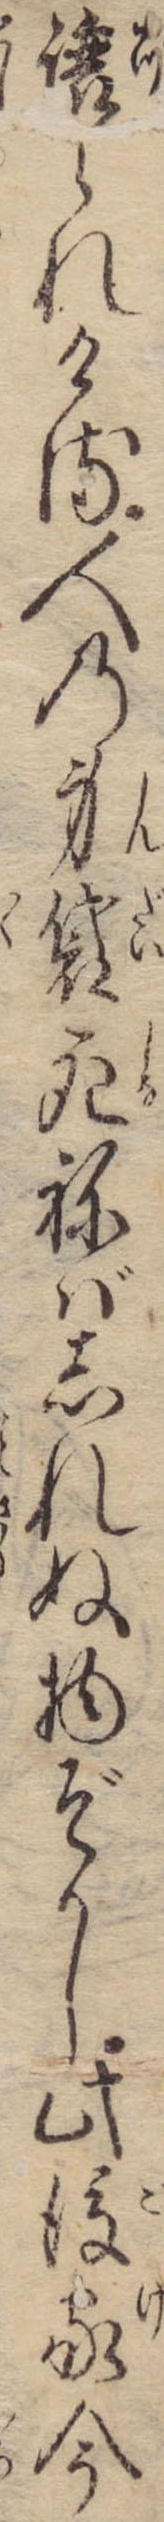
譲られける人の身袋死ねばしれぬ物ぞかし此後家今